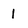
Character: 1